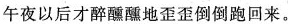
午夜以后才醉醺醺地歪歪倒倒跑回来。